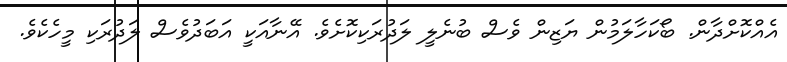
އެއްކޮށްދާން. ބޯކަހާލަމުން ޔަޒިން ވެސް ބުނެލީ ލަދުރަކިކޮށެވެ. އޭނާއަކީ އަބަދުވެސް ލަދުރަކި މީހެކެވެ.